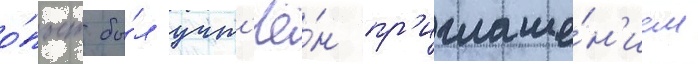
о́пыт бы́л учт'ё́н пр'иглаше́н'ием